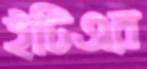
ইটিএর